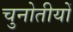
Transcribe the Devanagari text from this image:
चुनोतीयों